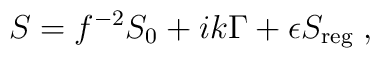
S = f^{-2} S_0 + ik\Gamma + \epsilon S_{\rm reg} \;,